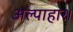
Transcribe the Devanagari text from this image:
अल्पाहार।